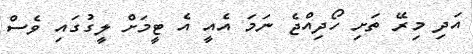
އަދި މިރޭ ތަށި ހޯދިއްޖެ ނަމަ އެއީ އެ ޓީމަށް ލީގުގައި ވެސް